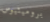
بروميثيوس